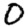
Digit: 0